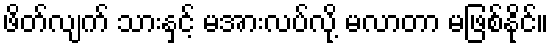
ဖိတ်လျက် သားနှင့် မအားလပ်လို့ မလာတာ မဖြစ်နိုင်။